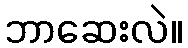
ဘာဆေးလဲ။